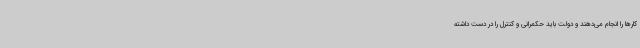
کارها را انجام می‌دهند و دولت باید حکمرانی و کنترل را در دست داشته